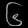
Digit: ၆